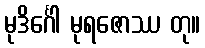
မုဒိင်္ဂေါ မုရဇောဿ တု။